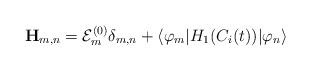
LaTeX: \begin{align*}{\bf H}_{m,n}={\cal E}_m^{(0)}\delta _{m,n}+\langle\varphi _m|H_1(C_i(t))|\varphi _n\rangle\end{align*}